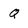
Character: Q